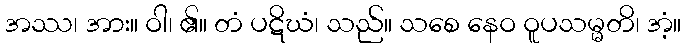
အဿ၊ အား။ ဝါ၊ ၏။ တံ ပဋိဃံ၊ သည်။ သစေ နေဝ ဝူပသမ္မတိ၊ အံ့။